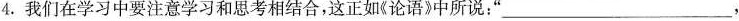
4.我们在学习中要注意学习和思考相结合，这正如《论语》中所说：”___，